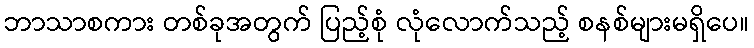
ဘာသာစကား တစ်ခုအတွက် ပြည့်စုံ လုံလောက်သည့် စနစ်များမရှိပေ။